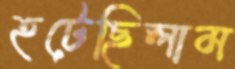
হটেছিলাম